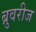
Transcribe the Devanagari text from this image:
ब्रुवरीज